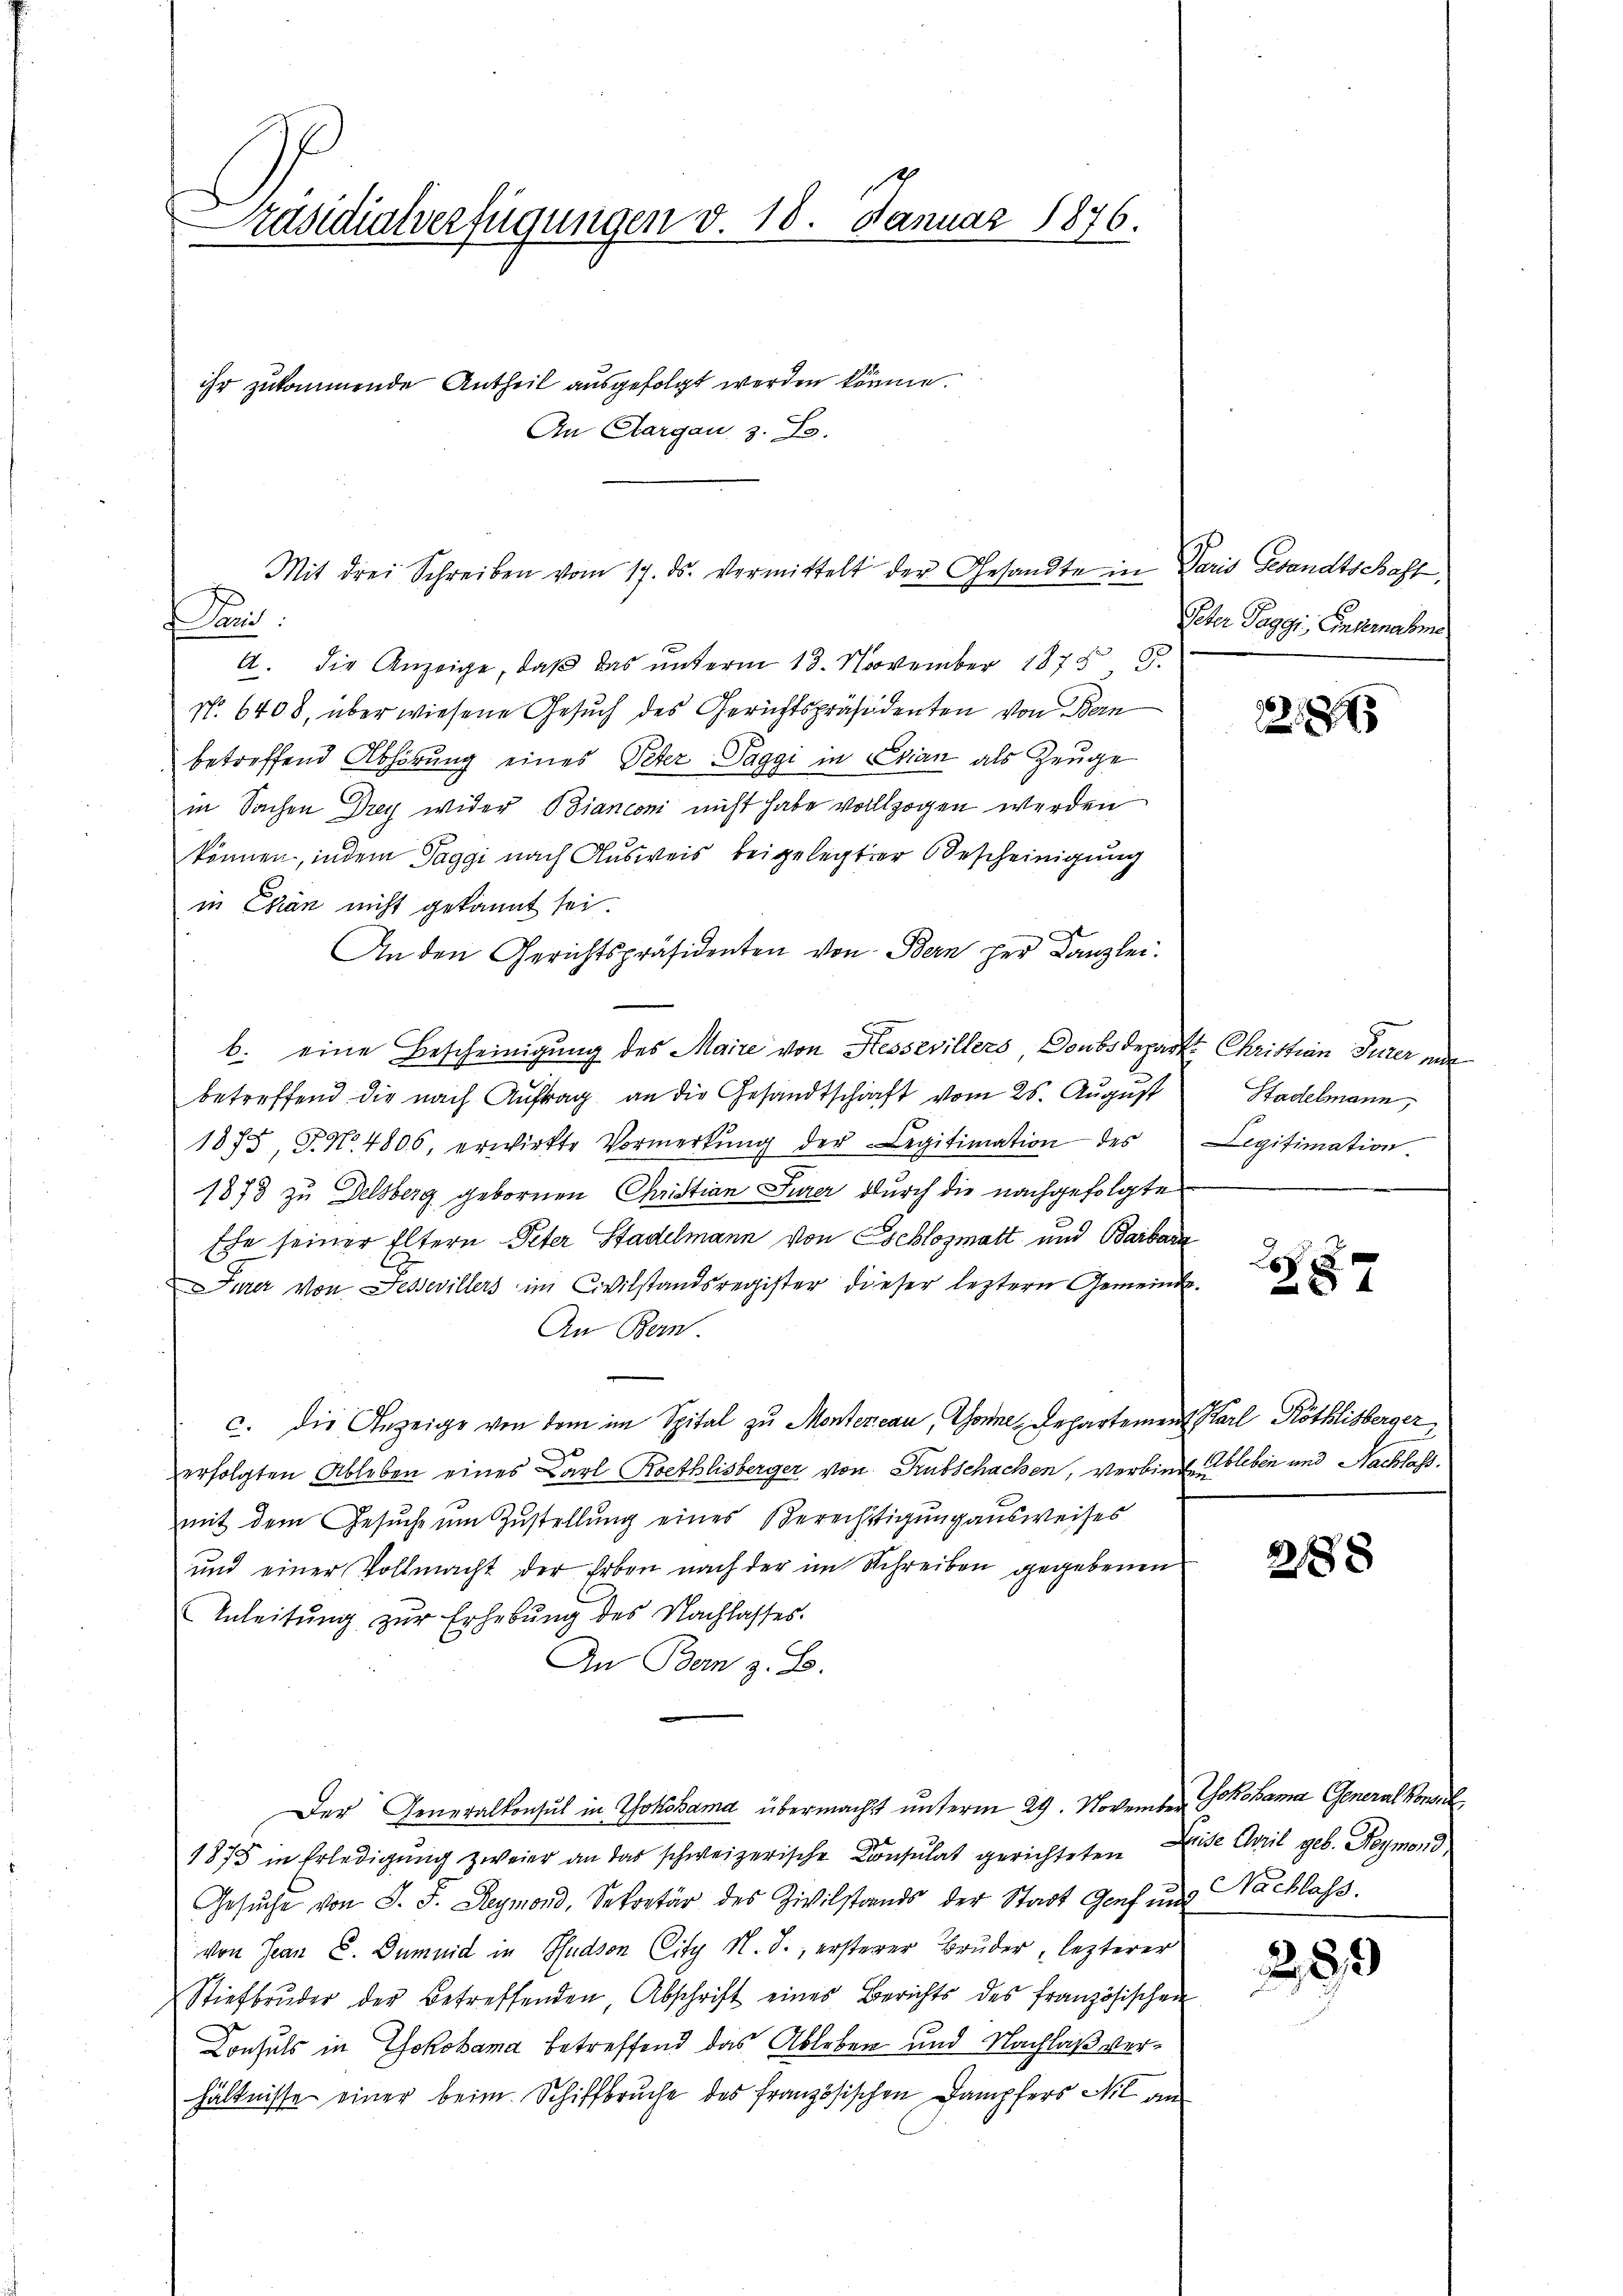
Präsidialverfügungen v. 18. Januar 1876.

ihr zukommende Antheil ausgefolgt werden könne.

An Aargau, z. B.

Mit drei Schreiben vom 17. ds. vermittelt der Gesandte in Paris Gesandtschaft,

ani
A. die Anzeige, daß das unterm 18. November 1878, 5.
No. 6408, über wiesene Gesuch des Gerichtspräsidenten von Bern
betreffend Abhörung eines Peter Taggi in Evian als Zeuge
in Sachen Drey wider Bianconi nicht habe vollzogen werden
können, indem Taggi nach Ausweis beigelegter Bescheinigung
in Ehen nicht gekannt sei.
An den Gerichtspräsidenten von Bern per Kanzlei.
b. eine Bescheinigung des Maire von Hessevillers, Doubsdepart Christian Gurer ande
betreffend die nach Auftrag an die Gesandtschaft vom 25. August
1875, P. No. 4806, erwirkte Vormerkŭng der Legitimation des
1873 zu Delsberg gebornen Christian Jurer durch die nachgefolgte
Ehe seiner Eltern Peter Stadelmann von Eschlozmatt und Barbara
Jurer von Fessevillers im Civilstandsregister dieser leztern Gemeinde¬
An Bern.
c. die Anzeige von dem im Spital zu Montereau, Sonnen Departement Karl Röthlisberger,
2
erfolgten Ableben eines Carl Koethlisberger von Subschachen, verbinde leben und Nachlass.
mit dem Gesuche um Zustellung eines Berechtigung ausweises
und einer Vollmacht der Erben nach der im Schreiben gegebenen
Anleitŭng zŭr Erhebŭng des Nachlasses.
In Bern z. B.
Der Generalkonsul in Yokohama übermacht unterm 29. November Jokohama General Kons
1875 in Erledigŭng zweier an das schweizerische Consulat gerichteten Leide April geb. Reymond
Gesŭche von J. F. Reymond, Sekretär des Zivilstands der Stadt Genf und
von Jean C. Dummid in Hudson City N. S., ersterer Bruder lezterer
Stiefbrŭder der betreffenden, Abschrift eines Berichts des französischen
Consuls in Yokohama betreffend das Ableben und Nachlaß verhältnisse einer beim Schiffbruche des französischen Dampfers Mit an

Peter Taggi, Einvernahme

1214

Htadelmann,
Legitimation.

x
287

218

Nachlass.

289